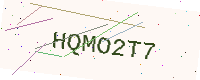
Text: HQMO2T7